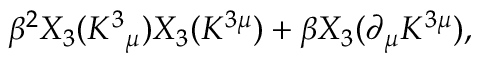
\beta ^ { 2 } X _ { 3 } ( K ^ { 3 } { } _ { \mu } ) X _ { 3 } ( K ^ { 3 \mu } ) + \beta X _ { 3 } ( \partial _ { \mu } K ^ { 3 \mu } ) ,